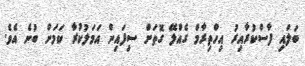
ބަލައި ފާސްކުރާއިރު އިހްތިރާމް ގެއްލޭ ގޮތަށް ސިފައިން އަމަލުކުރާ ކަމަށް ބުނެ އެވެ.